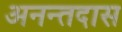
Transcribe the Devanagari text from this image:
अनन्तदास